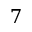
7